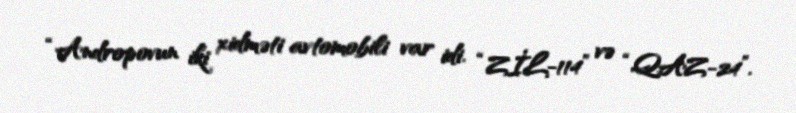
“Andropovun iki xidməti avtomobili var idi. “ZİL-114” və “QAZ-24”.